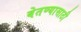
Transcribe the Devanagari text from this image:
बेतण्यासाठी